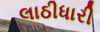
લાઠીધારી